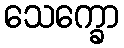
သေက္ခော